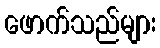
ဖောက်သည်များ